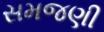
સમજણી